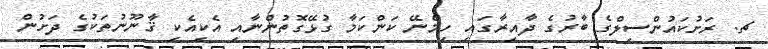
ޗ. ރަށުކައުންސިލްގެ ބާރުގެ ދާއިރާގައި ހިމެނޭ ކަންކަމާ ގުޅޭގޮތުންނާއި އެކިއެކި ޤާނޫނުތަކުގެ ދަށުން